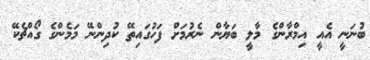
ބުނަނީ އެއީ އިމްރާންގެ މާލީ ބަޔާން ނެރުމަށް ފަހުގައިތޭ ކުދިންނޭ މަމެންގެ ގޯއްޗެކޭ